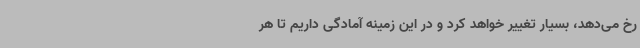
رخ می‌دهد، بسیار تغییر خواهد کرد و در این زمینه آمادگی داریم تا هر